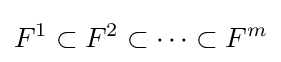
F^{1}\subset F^{2}\subset \cdots \subset F^{m}